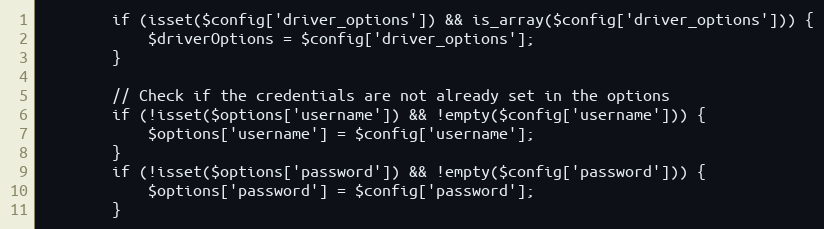
Language: PHP
        if (isset($config['driver_options']) && is_array($config['driver_options'])) {
            $driverOptions = $config['driver_options'];
        }

        // Check if the credentials are not already set in the options
        if (!isset($options['username']) && !empty($config['username'])) {
            $options['username'] = $config['username'];
        }
        if (!isset($options['password']) && !empty($config['password'])) {
            $options['password'] = $config['password'];
        }